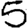
Digit: 5